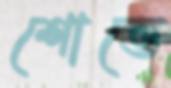
শোভে